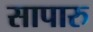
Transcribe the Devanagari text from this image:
सापारु